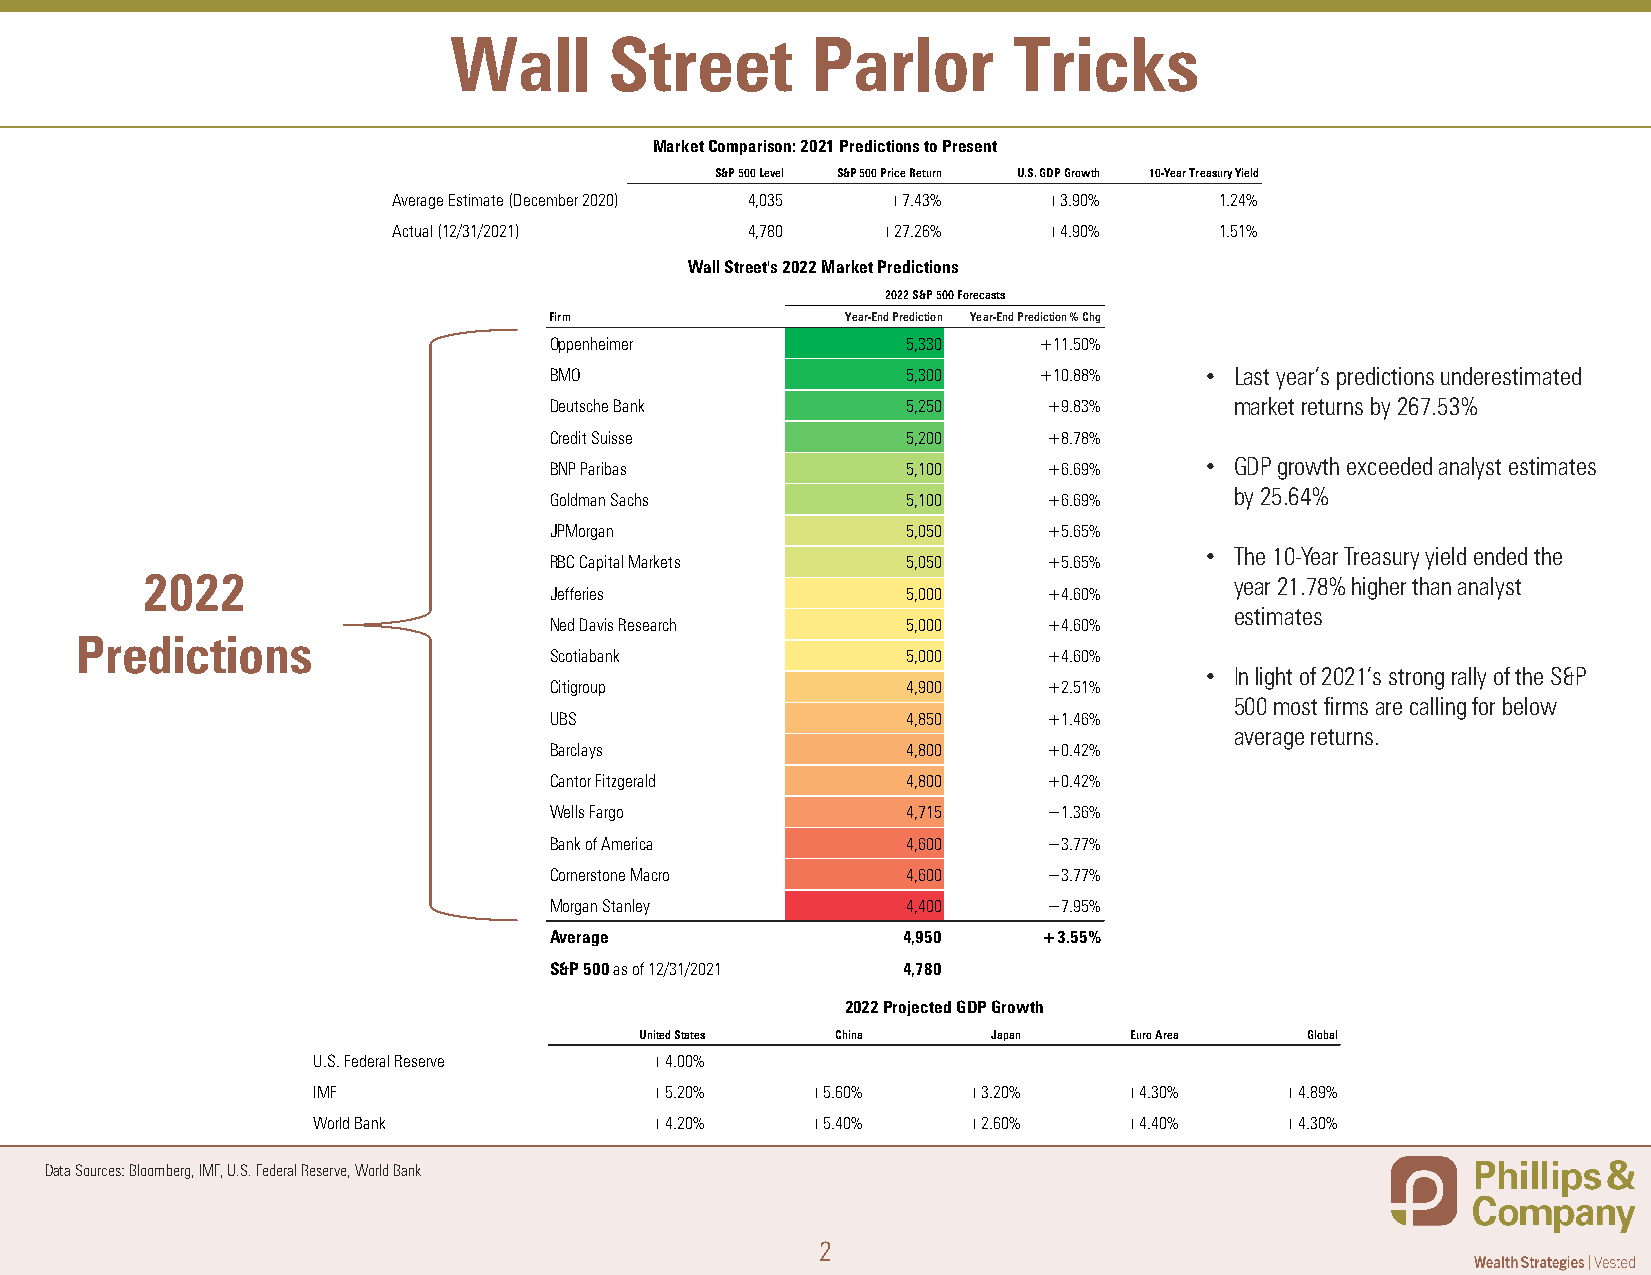
Wall      Street        Parlor       Tricks
 Market Comparison: 2021 Predictions to Present
 S&P 500 Level S&P 500 Price Return U.S. GDP Growth 10-Year Treasury Yield
 Average Estimate (December 2020) 4,035 +7.43% +3.90%   1.24%
 Actual (12/31/2021)    4,780    +27.26%    +4.90%      1.51%
 Wall Street's 2022 Market Predictions
 2022 S&P 500 Forecasts
 Firm                Year-End Prediction Year-End Prediction % Chg
 Oppenheimer             5,330    +11.50%
 BMO                     5,300    +10.88%    • Last year’s predictions underestimated
 Deutsche Bank           5,250    +9.83%       market returns by 267.53%
 Credit Suisse           5,200    +8.78%
 BNP Paribas             5,100    +6.69%     • GDP growth exceeded analyst estimates
 by 25.64%
 Goldman Sachs           5,100    +6.69%
 JPMorgan                5,050    +5.65%
 • The 10-Year Treasury yield ended the
 RBC Capital Markets     5,050    +5.65%
 2022                                                                     year 21.78% higher than analyst
 Jefferies               5,000    +4.60%
 estimates
 Ned Davis Research      5,000    +4.60%
 Predictions
 Scotiabank              5,000    +4.60%
 • In light of 2021’s strong rally of the S&P
 Citigroup               4,900    +2.51%
 500 most firms are calling for below
 UBS                     4,850    +1.46%
 average returns.
 Barclays                4,800    +0.42%
 Cantor Fitzgerald       4,800    +0.42%
 Wells Fargo             4,715    −1.36%
 Bank of America         4,600    −3.77%
 Cornerstone Macro       4,600    −3.77%
 Morgan Stanley          4,400    −7.95%
 Average                 4,950    +3.55%
 S&P 500 as of 12/31/2021 4,780
 2022 Projected GDP Growth
 United States China     Japan    Euro Area   Global
 U.S. Federal Reserve  +4.00%       −          −         −         −
 IMF                   +5.20%     +5.60%    +3.20%    +4.30%     +4.89%
 World Bank            +4.20%     +5.40%    +2.60%    +4.40%     +4.30%
 Data Sources: Bloomberg, IMF, U.S. Federal Reserve, World Bank
 2